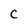
Character: C